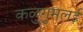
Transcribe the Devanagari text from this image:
कळुगुमलई